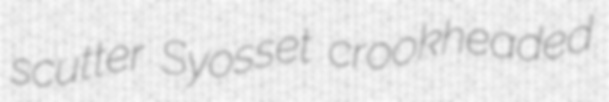
scutter Syosset crookheaded